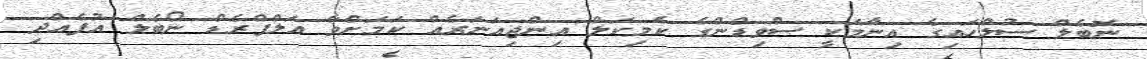
ނޮބެލް ސުލްހައިގެ އިނާމަކީ ސްވިޑްންގެ ކެމިކަލް އިންޖިއަނަރެއް ކަމަށްވާ އަލްފްރެޑް ނޯބެލް އުފެއްދި